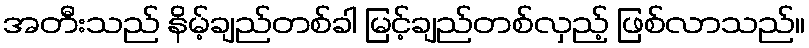
အတီးသည် နိမ့်ချည်တစ်ခါ မြင့်ချည်တစ်လှည့် ဖြစ်လာသည်။